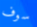
سوف